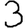
Digit: 3